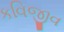
કવિજીવ